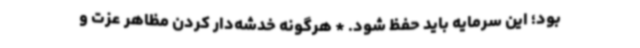
بود؛ این سرمایه باید حفظ شود. * هرگونه خدشه‌دار کردن مظاهر عزت و